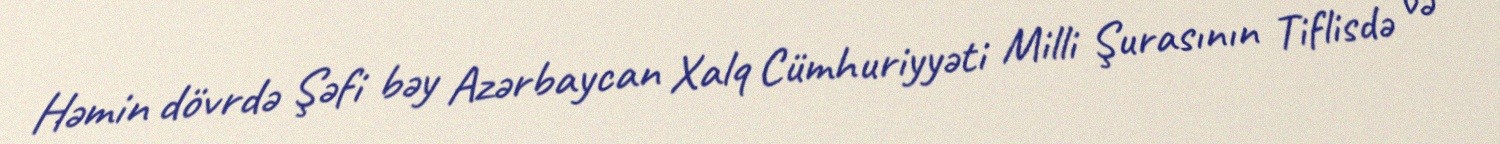
Həmin dövrdə Şəfi bəy Azərbaycan Xalq Cümhuriyyəti Milli Şurasının Tiflisdə və